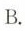
B.